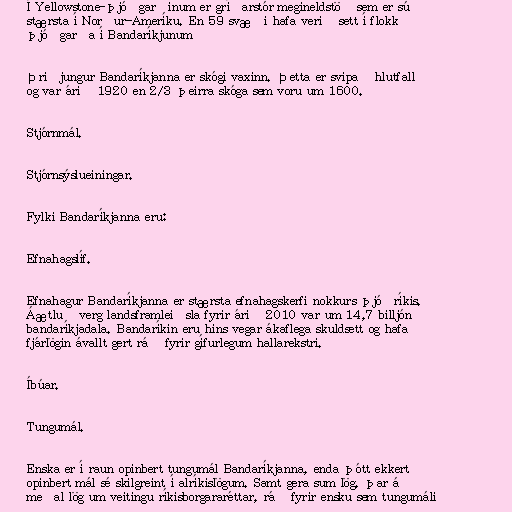
Í Yellowstone-þjóðgarðinum er gríðarstór megineldstöð sem er sú
stærsta í Norður-Ameríku. En 59 svæði hafa verið sett í flokk
þjóðgarða í Bandaríkjunum

Þriðjungur Bandaríkjanna er skógi vaxinn. Þetta er svipað hlutfall
og var árið 1920 en 2/3 þeirra skóga sem voru um 1600.

Stjórnmál.

Stjórnsýslueiningar.

Fylki Bandaríkjanna eru:

Efnahagslíf.

Efnahagur Bandaríkjanna er stærsta efnahagskerfi nokkurs þjóðríkis.
Áætluð verg landsframleiðsla fyrir árið 2010 var um 14,7 billjón
bandaríkjadala. Bandaríkin eru hins vegar ákaflega skuldsett og hafa
fjárlögin ávallt gert ráð fyrir gífurlegum hallarekstri.

Íbúar.

Tungumál.

Enska er í raun opinbert tungumál Bandaríkjanna, enda þótt ekkert
opinbert mál sé skilgreint í alríkislögum. Samt gera sum lög, þar á
meðal lög um veitingu ríkisborgararéttar, ráð fyrir ensku sem tungumáli